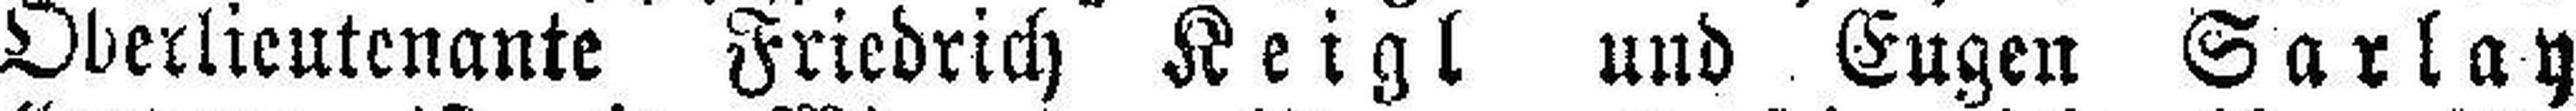
Oberlieutenante Friedrich Keigl und Eugen Sarlay